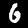
Digit: 6